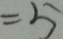
= 5